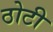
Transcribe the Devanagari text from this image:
ठोटी